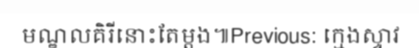
មណ្ឌលគិរីនោះតែម្តង៕Previous: ក្មេងស្ទាវ